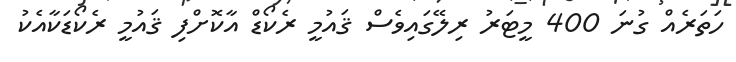
ހަތަރެއް ގުނަ 400 މީޓަރު ރިލޭގައިވެސް ޤައުމީ ރެކޯޑް އާކޮށްފި ޤައުމީ ރެކޯޑަކާއެކު